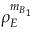
\rho _ { E } ^ { { { m } _ { B _ { 1 } } } }